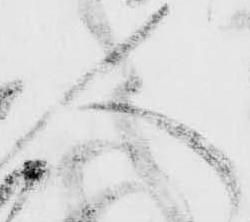
人